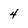
Character: 4